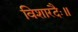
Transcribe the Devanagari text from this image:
विशारदैः॥